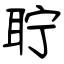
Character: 聍